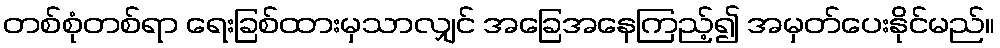
တစ်စုံတစ်ရာ ရေးခြစ်ထားမှသာလျှင် အခြေအနေကြည့်၍ အမှတ်ပေးနိုင်မည်။